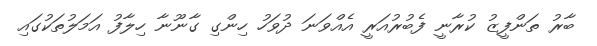
ބާރު ތަންފީޒު ކުރާނީ ފެބުރުއަރީ އެއްވަނަ ދުވަހު ހިންގި ގާނޫނާ ހިލާފު އަމަލުތަކުގައި